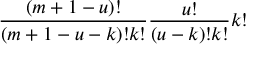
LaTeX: \frac { ( m + 1 - u ) ! } { ( m + 1 - u - k ) ! k ! } \frac { u ! } { ( u - k ) ! k ! } k !